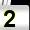
Digit: 2